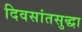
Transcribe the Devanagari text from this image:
दिवसांतसुद्धा